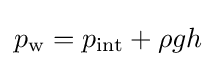
p_{\rm {w}}=p_{\rm {int}}+\rho gh